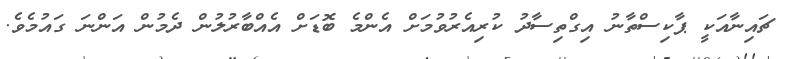
ޗައިނާއަކީ ޕާކިސްތާނު އިގްތިސާދު ކުރިއެރުވުމަށް އެންމެ ބޮޑަށް އެއްބާރުލުން ދެމުން އަންނަ ގައުމެވެ.